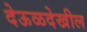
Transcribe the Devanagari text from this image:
देऊळदेखील